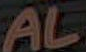
AL